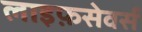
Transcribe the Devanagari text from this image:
लाइफ़सेवर्स